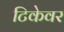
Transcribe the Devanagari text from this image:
टिकेवर